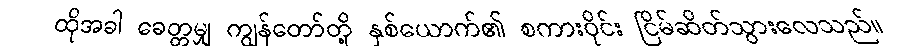
ထိုအခါ ခေတ္တမျှ ကျွန်တော်တို့ နှစ်ယောက်၏ စကားဝိုင်း ငြိမ်ဆိတ်သွားလေသည်။